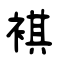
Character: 褀